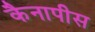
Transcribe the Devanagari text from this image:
कैनापीस